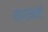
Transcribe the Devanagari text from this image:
सारमर्म